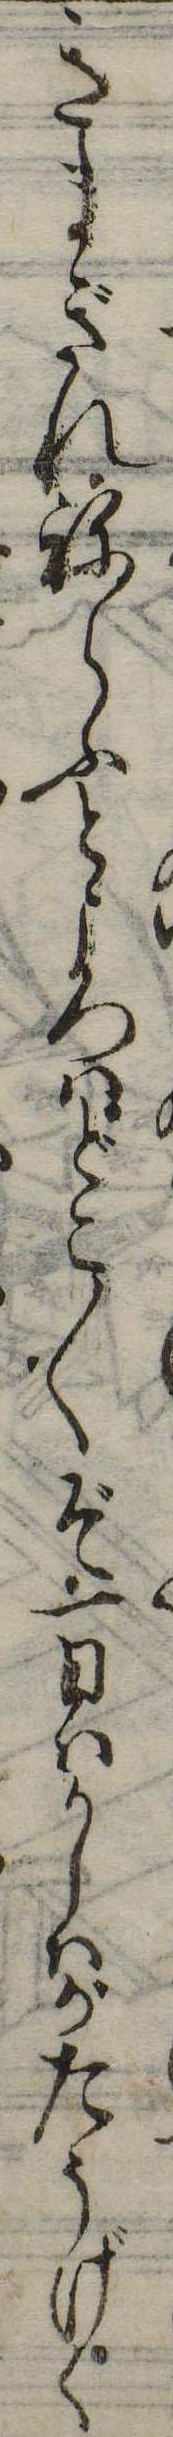
きまぎれねらふところはどこ〱ぞ一日はかしはがたうげく